Indian journal of veterinary science and animal husbandry - Volume 3,
Year: 1933
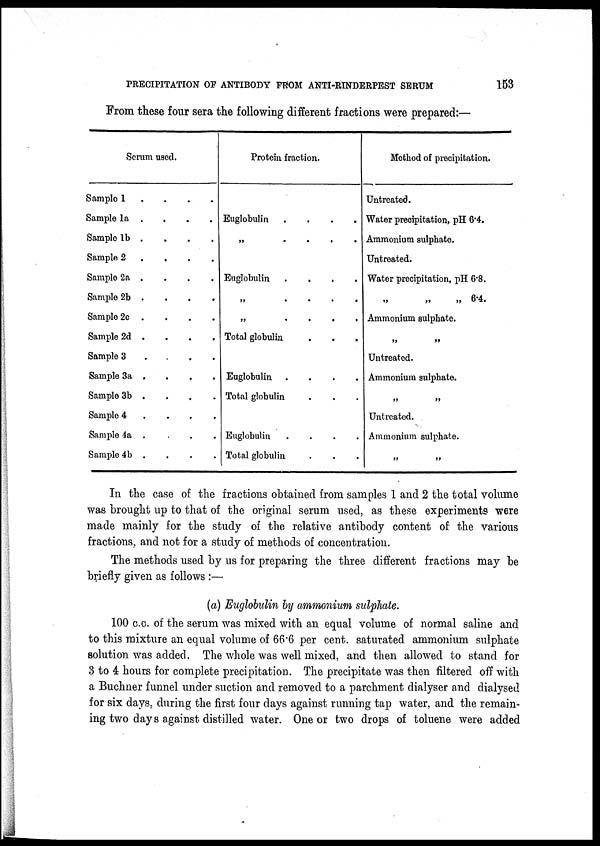
PRECIPITATION OF ANTIBODY FROM ANTI-RINDERPEST SERUM
153
From these four sera the following different fractions were prepared:—
Serum used.
Sample 1 . . . .
Sample 1a . . . .
Sample 1b . . . .
Sample 2 . . . .
Sample 2a . . . .
Sample 2b . . . .
Sample 2c . . . .
Sample 2d . . . .
Sample 3 . . . .
Sample 3a . . . .
Sample 3b . . . .
Sample 4 . . . .
Sample 4a . . . .
Sample 4b . . . .
Protein fraction.
Euglobulin .
.
.
.
„ . . . .
Euglobulin .
.
.
.
„ . . . .
„
.
.
.
.
Total globulin . . .
Euglobulin .
.
.
.
Total globulin . . .
Euglobulin
.
.
.
.
Total globulin . . .
Method of precipitation.
Untreated.
Water precipitation, pH 6.4.
Ammonium sulphate.
Untreated.
Water precipitation, pH 6.8.
„
„
„ 6.4.
Ammonium sulphate.
„ „
Untreated.
Ammonium sulphate.
„ „
Untreated.
Ammonium sulphate.
„ „
In the case of the fractions obtained from samples 1 and 2 the total volume
was brought up to that of the original serum used, as these experiments were
made mainly for the study of the relative antibody content of the various
fractions, and not for a study of methods of concentration.
The methods used by us for preparing the three different fractions may be
briefly given as follows :—
(a) Euglobulin by ammonium sulphate.
100 c.c. of the serum was mixed with an equal volume of normal saline and
to this mixture an equal volume of 66.6 per cent. saturated ammonium sulphate
solution was added. The whole was well mixed, and then allowed to stand for
3 to 4 hours for complete precipitation. The precipitate was then filtered off with
a Buchner funnel under suction and removed to a parchment dialyser and dialysed
for six days, during the first four days against running tap water, and the remain-
ing two days against distilled water. One or two drops of toluene were added